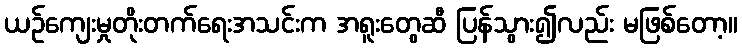
ယဉ်ကျေးမှုတိုးတက်ရေးအသင်းက အရူးတွေဆီ ပြန်သွား၍လည်း မဖြစ်တော့။